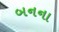
બનના